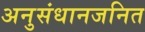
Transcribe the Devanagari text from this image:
अनुसंधानजनित